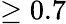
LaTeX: \ge 0.7